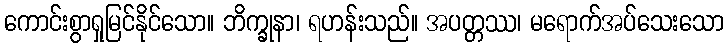
ကောင်းစွာရှုမြင်နိုင်သော။ ဘိက္ခုနာ၊ ရဟန်းသည်။ အပတ္တဿ၊ မရောက်အပ်သေးသော